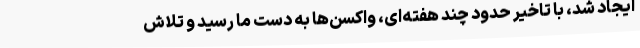
ایجاد شد، با تاخیر حدود چند هفته‌ای، واکسن‌ها به دست ما رسید و تلاش